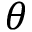
\theta